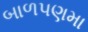
બાળપણમા